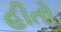
હીતો